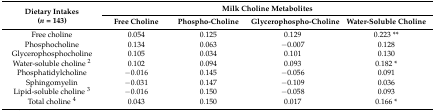
<table><thead><tr><td rowspan="2"><b>Dietary Intakes(<i>n</i> = 143)</b></td><td colspan="4"><b>Milk Choline Metabolites</b></td></tr><tr><td><b>Free Choline</b></td><td><b>Phospho-Choline</b></td><td><b>Glycerophospho-Choline</b></td><td><b>Water-Soluble Choline</b></td></tr></thead><tbody><tr><td>Free choline</td><td>0.054</td><td>0.125</td><td>0.129</td><td>0.223 **</td></tr><tr><td>Phosphocholine</td><td>0.134</td><td>0.063</td><td>−0.007</td><td>0.128</td></tr><tr><td>Glycerophosphocholine</td><td>0.105</td><td>0.034</td><td>0.101</td><td>0.130</td></tr><tr><td>Water-soluble choline <sup>2</sup></td><td>0.102</td><td>0.094 </td><td>0.093</td><td>0.182 *</td></tr><tr><td>Phosphatidylcholine</td><td>−0.016</td><td>0.145</td><td>−0.056</td><td>0.091</td></tr><tr><td>Sphingomyelin</td><td>−0.031</td><td>0.147 </td><td>−0.109</td><td>0.036</td></tr><tr><td>Lipid-soluble choline <sup>3</sup></td><td>−0.016</td><td>0.150</td><td>−0.058</td><td>0.093</td></tr><tr><td>Total choline <sup>4</sup></td><td>0.043</td><td>0.150</td><td>0.017</td><td>0.166 *</td></tr></tbody></table>